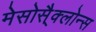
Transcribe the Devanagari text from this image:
मेसोसै्क्लोन्स